Annual report of the Imperial Bacteriologist
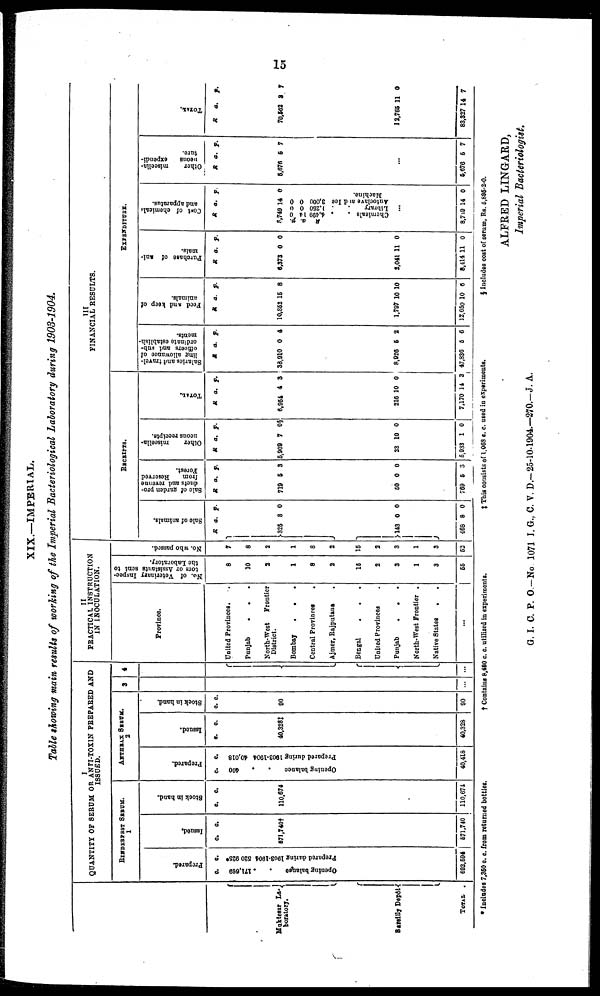
15
XIX.—IMPERIAL.
Table showing main results of working of the Imperial Bacteriological Laboratory during 1903-1904.
Muktesar La¬{
boratory.
Bareilly Depôt{
TOTAL
.
I
QUANTITY OF SERUM OR ANTI-TOXIN PREPARED AND
ISSUED.
RINDERPEST SERUM.
1
Prepared.
c. c.
Opening balance . . 171,699
Prepared during
1903-1904 520 925*
692,594
Issued.
c. c.
571,740†
571,740
Stock in hand.
c. c.
110,674
110,674
ANTHRAX SERUM.
2
Prepared.
c. c.
Opening balance .
.
400
Prepared during 1903-1904 40,018
40,418
Issued.
c. c.
40,328‡
40,328
Stock in hand.
c. c.
90
90
3
4
.
.
.
II
PRACTICAL INSTRUCTION
IN INOCULATION.
Province.
United Provinces. .
Punjab . . .
North-West
Frontier
District.
Bombay
.
.
.
Central Provinces
.
Ajmer, Bajputana
Bengal
.
.
United Provinces
Punjab
.
.
North-West Frontier .
Native States
.
...
No. of Veterinary Inspec-
tors or Assistants sent to
the Laboratory.
8
10
2
1
8
2
15
2
3
1
3
55
No. who passed.
7
8
2
1
8
2
15
2
3
1
3
52
III
FINANCIAL RESULTS.
RECEIPTS.
Sale of animals.
R
}325
}143
468
a.
8
0
8
p.
0
0
0
Sale of garden pro-
ducts and r e v e nue
f
r om Re s
e r ve d
Fores t .
R
719
50
769
a.
5
0
5
p.
3
0
3
Ot he r miscella-
neous receipts.
R
5,909
23
5,933
a.
7
10
1
p.
0§
0
0
TOTAL.
R
6,954
216
7,170
a.
4
10
14
p.
3
0
3
EXPENDITURE.
Sal ari es and travel-
l i ng allowance of
officers and sub-
ordinate establish-
ments.
R
38,910
8,926
47,836
a.
0
5
5
p.
4
2
6
Feed and keep of
animals.
R
10,852
1,797
12,650
a.
15
10
10
p.
8
10
6
Purchase of ani-
mals.
R
6,373
2,041
8,414
a.
0
11
11
p.
0
0
0
Cost of chemicals
and apparatus.
R
8,749
R a. p.
Chemicals . . 4, 499 14 0
Library . . 1,250 0 0
Autoclave at d Ice 3,000 0 0 Machine
...
8,749
a.
14
..
14
p.
0
.
0
Other miscella-
neous expendi-
ture.
R
5,676
5,676
a.
5
5
p.
7
7
TOTAL.
R
70,562
12,766
83,327
a .
3
11
14
p.
7
0
7
* Includes 7,350 c. c. from returned bottles.
† Contains 8,480 c. c. utilized in experiments.
‡ This consists of 1.068 c. c. used in experiments.
§ Includes cost of serum, Rs. 5,896-2-0.
ALFRED LINGARD,
Imperial Bacteriologist.
G. I. C. P. O.-No. 1071 I. G., C. V. D.- 25-10-1904.—270.-J. A.